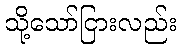
သို့သော်ငြားလည်း